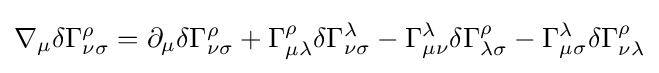
\nabla _{\mu }\delta \Gamma _{\nu \sigma }^{\rho }=\partial _{\mu }\delta \Gamma _{\nu \sigma }^{\rho }+\Gamma _{\mu \lambda }^{\rho }\delta \Gamma _{\nu \sigma }^{\lambda }-\Gamma _{\mu \nu }^{\lambda }\delta \Gamma _{\lambda \sigma }^{\rho }-\Gamma _{\mu \sigma }^{\lambda }\delta \Gamma _{\nu \lambda }^{\rho }